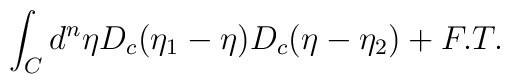
\int_Cd^n\eta D_c(\eta_1 - \eta)D_c(\eta - \eta_2)+ F. T.